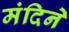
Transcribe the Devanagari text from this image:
मंदिने